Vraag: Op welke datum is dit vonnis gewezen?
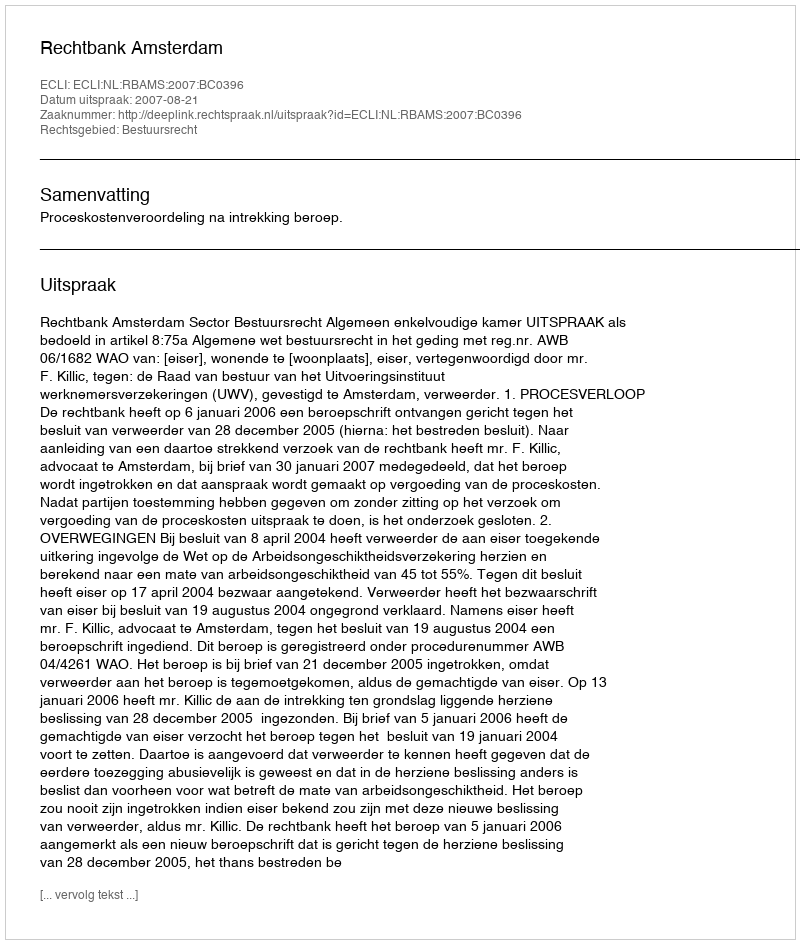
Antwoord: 2007-08-21